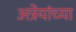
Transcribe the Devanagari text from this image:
अत्रेयांच्या